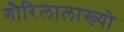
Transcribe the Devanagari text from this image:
गौरिलालाख्यो